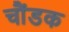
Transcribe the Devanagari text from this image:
चौंडक